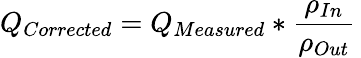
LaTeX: Q_{Corrected}=Q_{Measured}*{\frac{\rho_{In}}{\rho_{Out}}}\,